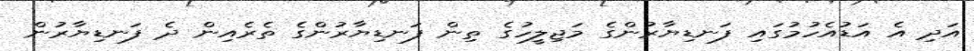
އަދި އެ އަޑުއެހުމުގައި ފަނޑިޔާރުންގެ މަޖިލީހުގެ ތިން ފަނޑިޔާރުންގެ ތެރެއިން ދެ ފަނޑިޔާރުން